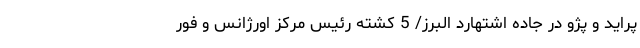
پراید و پژو در جاده اشتهارد البرز/ 5 کشته رئیس مرکز اورژانس و فور